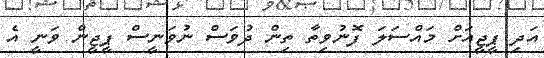
އަދި ޕީޖީއަށް މައްސަލަ ފޮނުވިތާ ތިން ދުވަސް ނުވަނީސް ޕީޖީން ވަނީ އެ